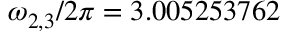
\omega _ { 2 , 3 } / 2 \pi = 3 . 0 0 5 2 5 3 7 6 2